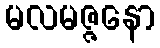
မလမဇ္ဇနော